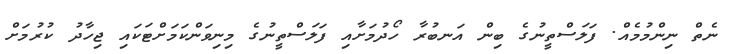
ނެތް ނިންމުމެއް. ފަލަސްތީނުގެ ބިން އަނބުރާ ހޯދުމަށާއި ފަލަސްތީނުގެ މިނިވަންކަމަށްޓަކައި ޖިހާދު ކުރުމަށް